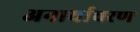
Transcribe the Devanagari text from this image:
अनार्याचरण